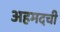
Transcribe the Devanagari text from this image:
अहमदची